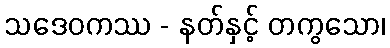
သဒေဝကဿ - နတ်နှင့် တကွသော၊